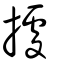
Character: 拠